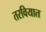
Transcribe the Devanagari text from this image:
तरवियात